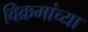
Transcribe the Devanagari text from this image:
विक्रमांच्या